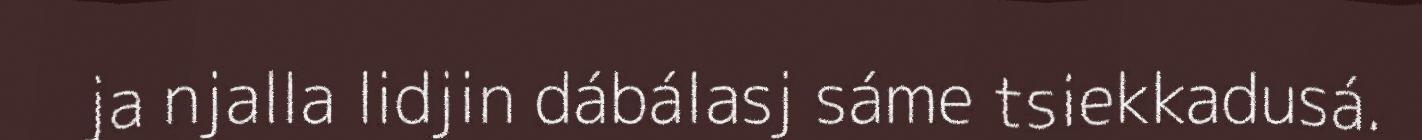
ja njalla lidjin dábálasj sáme tsiekkadusá.